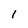
Character: l